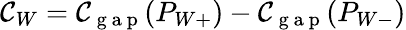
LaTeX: \begin{array}{r}{\mathcal{C}_{W}=\mathcal{C}_{\mathrm{~g~a~p~}}(P_{W+})-\mathcal{C}_{\mathrm{~g~a~p~}}(P_{W-})}\end{array}